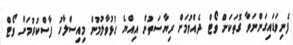
ފެނިވަޑައިގަންނަވާ ގޮތަކަށް ވޯޓް ދެއްވުމަށް ރިޔާސަތުން އިއްޔެ ހުޅުވާލުމުން މިއިސްލާހު ފާސްކުރުމަށް ވޯޓް